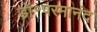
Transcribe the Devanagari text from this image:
डॉ॰परमानंद